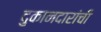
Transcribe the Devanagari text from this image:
दुकानदारांची